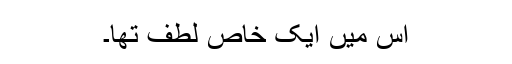
اس میں ایک خاص لطف تھا۔